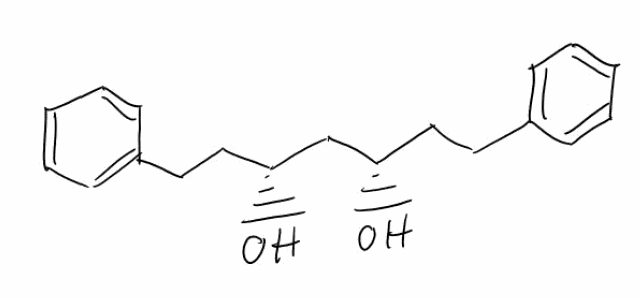
Simplified molecular-input line-entry system (SMILES) notation of the given molecule:
C1=CC=C(C=C1)CC[C@H](C[C@H](CCC2=CC=CC=C2)O)O